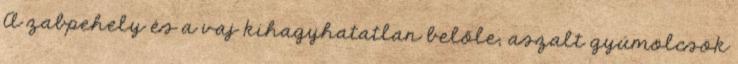
A zabpehely és a vaj kihagyhatatlan belőle; aszalt gyümölcsök